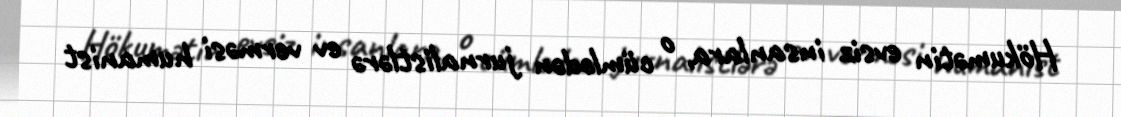
Hökumətin evsiz insanlara, o cümlədən jurnalistlərə ev verməsi humanist